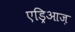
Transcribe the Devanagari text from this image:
एड्रिआज़